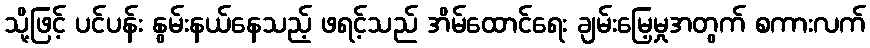
သို့ဖြင့် ပင်ပန်း နွမ်းနယ်နေသည့် ဖရင့်သည် အိမ်ထောင်ရေး ချမ်းမြေ့မှုအတွက် စကားလက်